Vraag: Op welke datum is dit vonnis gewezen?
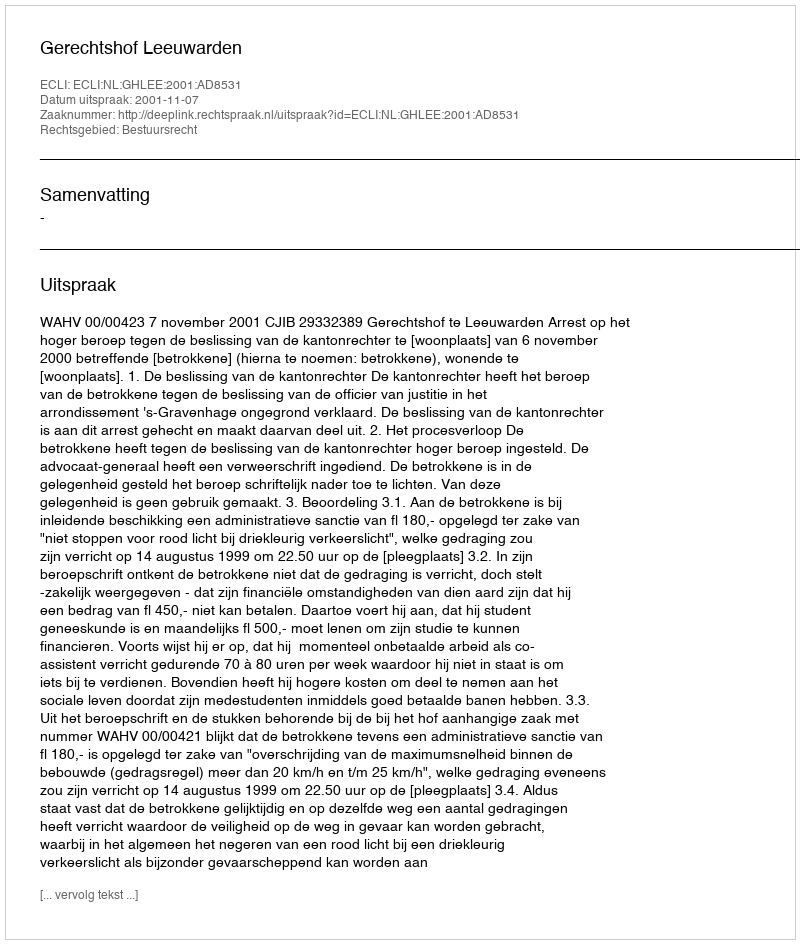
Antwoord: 2001-11-07